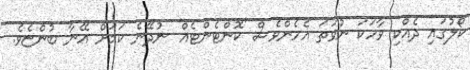
ކޯލުގައި ދެއްކި ވާހަކަ ނުވަތަ އެހެންވެސް 'ކޮންޓެންޓެއް' ނުދޭނެ ކަމަށް އޭނާ ބުންޏެވެ.